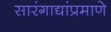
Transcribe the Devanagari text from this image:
सारंगाद्यांप्रमाणे